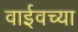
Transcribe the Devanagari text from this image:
वाईवच्या